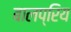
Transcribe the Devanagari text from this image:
बालप्रिय